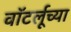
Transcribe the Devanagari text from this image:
वॉटर्लूच्या